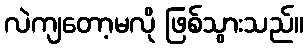
လဲကျတော့မလို ဖြစ်သွားသည်။